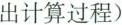
出计算过程)